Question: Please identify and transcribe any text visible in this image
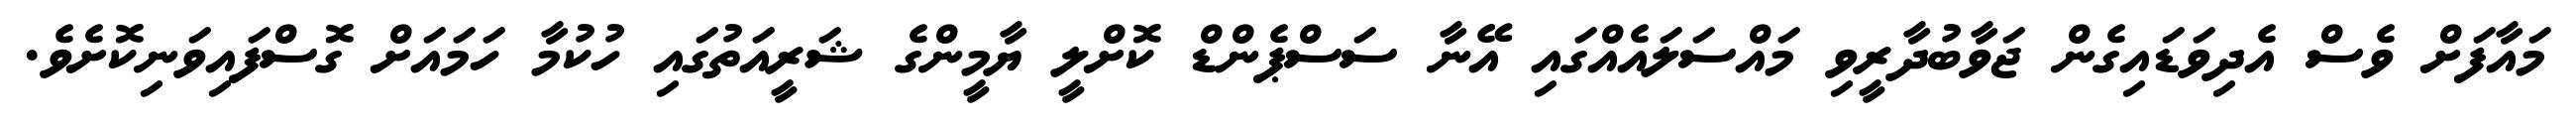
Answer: މައާފަށް ވެސް އެދިވަޑައިގެން ޖަވާބުދާރީވި މައްސަލައެއްގައި އޭނާ ސަސްޕެންޑް ކޮށްލީ ޔާމީންގެ ޝަރީއަތުގައި ހުކުމާ ހަމައަށް ގޮސްފައިވަނިކޮށެވެ.